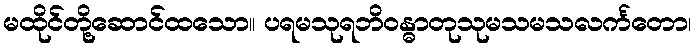
မထိုင်တို့ဆောင်ထသော။ ပရမသုရဘိဝန္ဓာတုသုမသမသလင်္ကတော၊